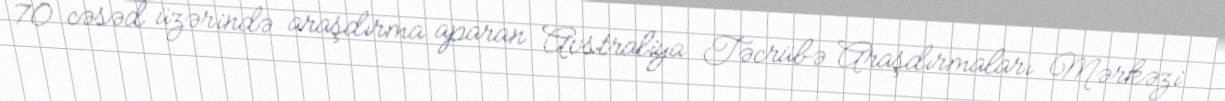
70 cəsəd üzərində araşdırma aparan Avstraliya Təcrübə Araşdırmaları Mərkəzi